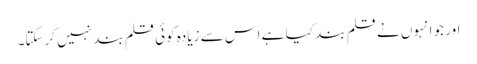
اور جو انہوں نے قلم بند کیا ہے اس سے زیادہ کوئی قلم بند نہیں کرسکتا۔